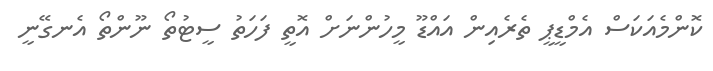
ކޮންމެއަކަސް އެމްޑީޕީ ތެރެއިން އައްޑޫ މީހުންނަށް އޮތީ ފަހަތު ސީޓުތޯ ނޫންތޯ އެނގޭނީ